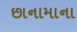
છાનામાના